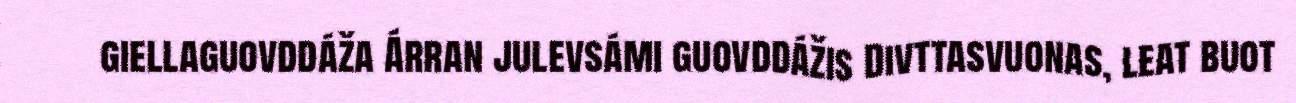
giellaguovddáža Árran julevsámi guovddážis Divttasvuonas, leat buot